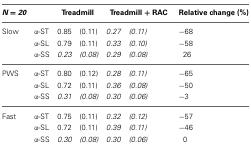
| N = 20 |  | <COLSPAN=2> Treadmill | <COLSPAN=2> Treadmill + RAC | Relative change (%) |
 | --- | --- | --- | --- | --- | --- | --- |
 | Slow | α-ST | 0.85 | (0.11) | 0.27 | (0.11) | −68 |
 |  | α-SL | 0.79 | (0.11) | 0.33 | (0.10) | −58 |
 |  | α-SS | 0.23 | (0.08) | 0.29 | (0.08) | 26 |
 | PWS | α-ST | 0.80 | (0.12) | 0.28 | (0.11) | −65 |
 |  | α-SL | 0.72 | (0.11) | 0.36 | (0.08) | −50 |
 |  | α-SS | 0.31 | (0.08) | 0.30 | (0.06) | −3 |
 | Fast | α-ST | 0.75 | (0.11) | 0.32 | (0.12) | −57 |
 |  | α-SL | 0.72 | (0.11) | 0.39 | (0.11) | −46 |
 |  | α-SS | 0.30 | (0.08) | 0.30 | (0.06) | 0 |